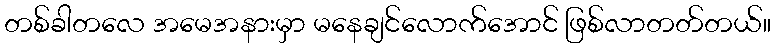
တစ်ခါတလေ အမေအနားမှာ မနေချင်လောက်အောင် ဖြစ်လာတတ်တယ်။